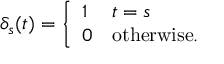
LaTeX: \delta _ { s } ( t ) = { \left\{ \begin{array} { l l } { 1 } & { t = s } \\ { 0 } & { { \mathrm { o t h e r w i s e . } } } \end{array} \right. }